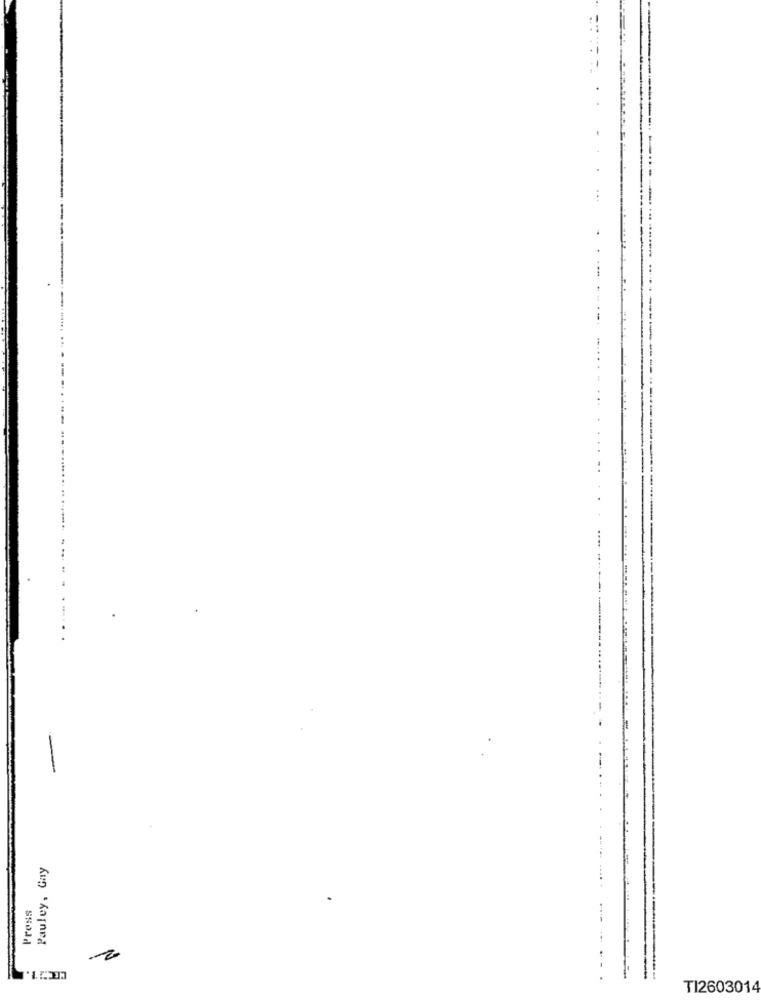
. ...
Pauley, Gay
Prons
2
TI2603014